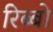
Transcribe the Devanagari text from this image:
रिब्बो